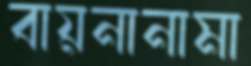
বায়নানামা